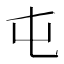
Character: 屯